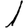
Digit: 1